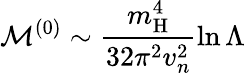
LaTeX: \mathcal{M}^{(0)}\sim\frac{m_{\mathrm{H}}^{4}}{32\pi^{2}v_{n}^{2}}\ln\Lambda